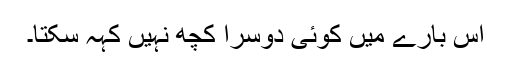
اس بارے میں کوئی دوسرا کچھ نہیں کہہ سکتا۔